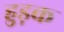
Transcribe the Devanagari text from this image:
हुड़क